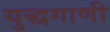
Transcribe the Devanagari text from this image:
युद्धगाणी